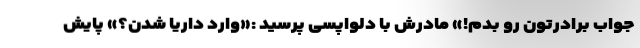
جواب برادرتون رو بدم!» مادرش با دلواپسی پرسید :«وارد داریا شدن؟» پایش